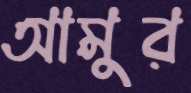
আমুর